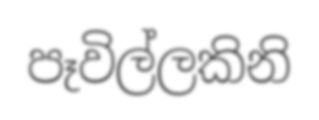
පෑවිල්ලකිනි